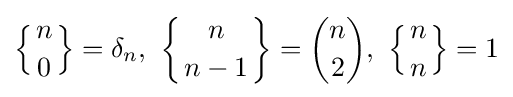
\left\{{n \atop 0}\right\}=\delta _{n},\ \left\{{n \atop n-1}\right\}={\binom {n}{2}},\ \left\{{n \atop n}\right\}=1